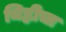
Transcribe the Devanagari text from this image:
चिह्लीचा